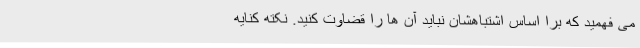
می فهمید که برا اساس اشتباهشان نباید آن ها را قضاوت کنید. نکته کنایه